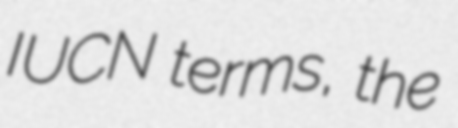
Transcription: IUCN terms, the